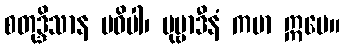
စတုဒ္ဒိသာန မဓိပါ၊ ပုဗ္ဗာဒီနံ ကမာ ဣမေ။